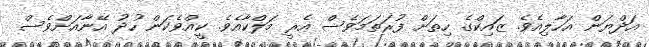
އަދްޔަން އަހާލިއެވެ. ޒައިކްގެ ހިތަށް ފުރަތަމަވެސް އެރީ މަލްކާއެވެ. ކީއްވެކަން ހުދު އޭނާއަށްވެސް